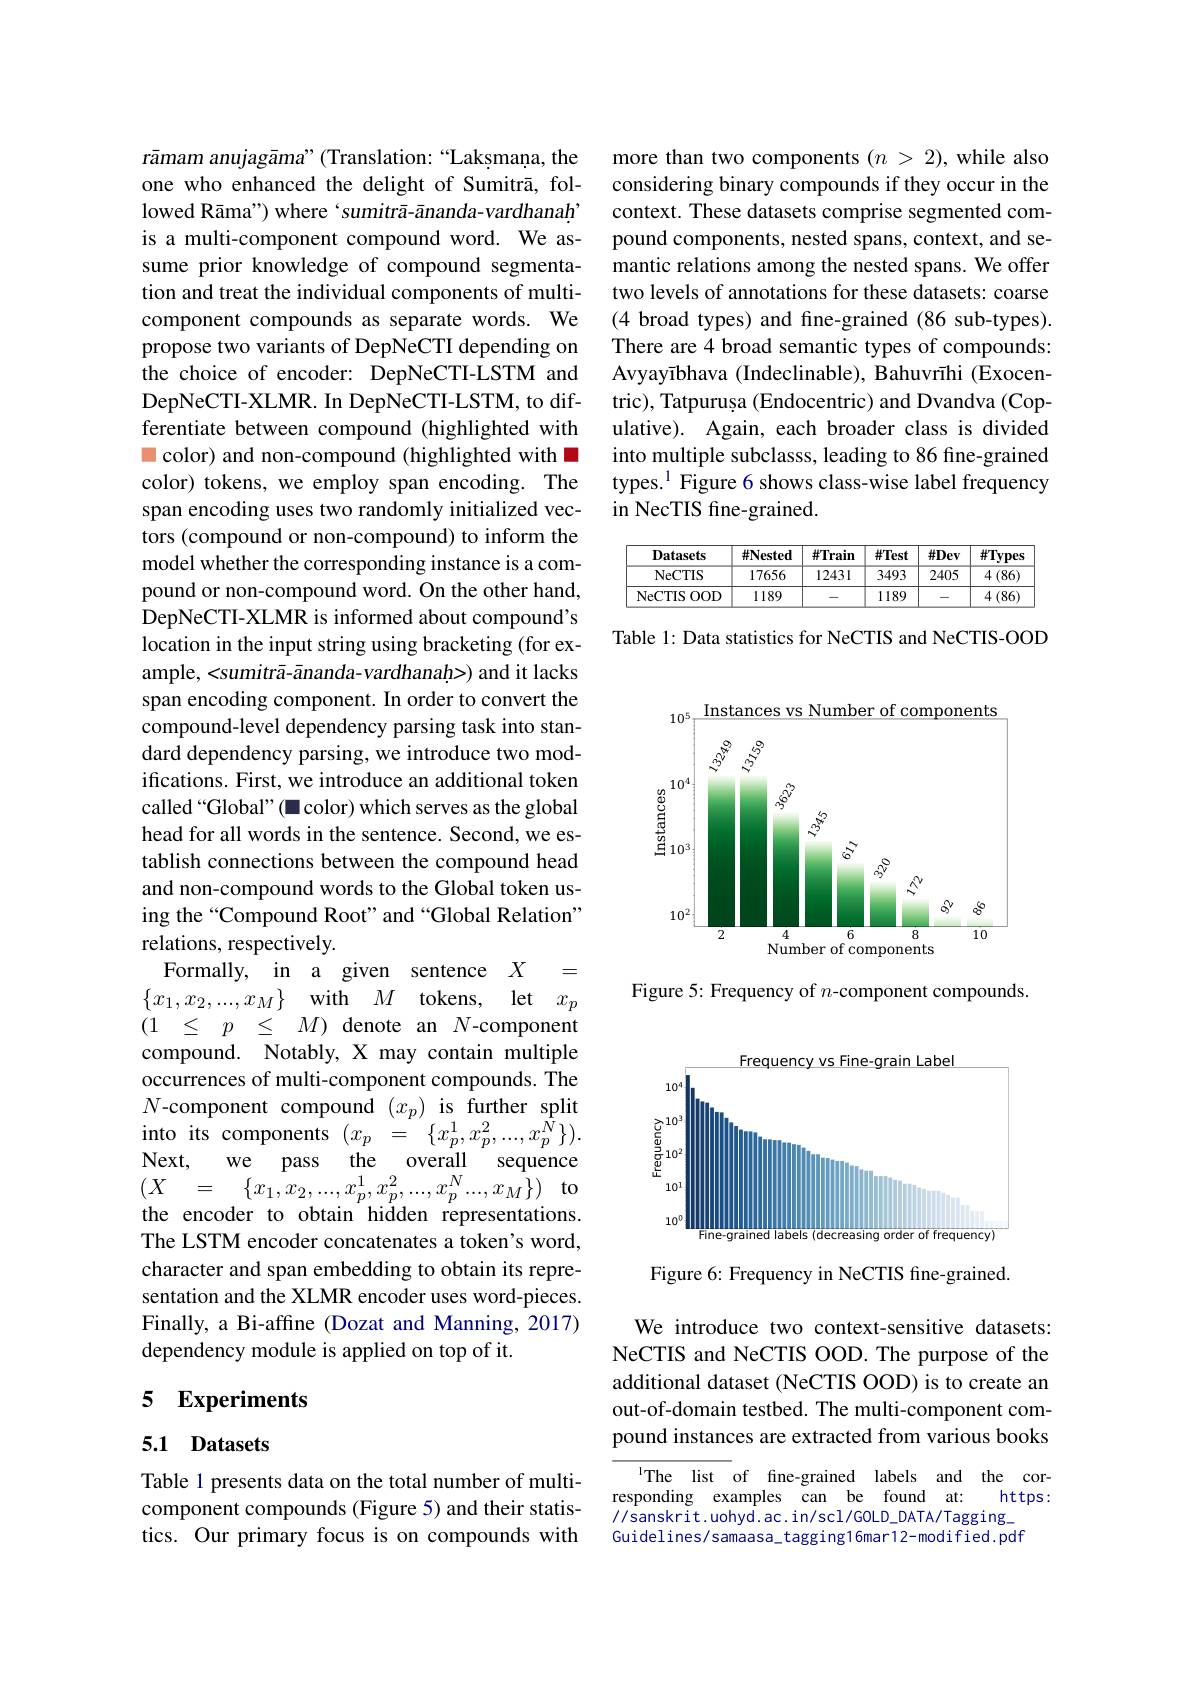
rāmam anujagāma" (Translation: “Laksmaṇa, the one who enhanced the delight of Sumitrā, followed Rāma") where‘sumitrā-ānanda-vardhanaḥ’ is a multi-component compound word. We assume prior knowledge of compound segmentation and treat the individual components of multicomponent compounds as separate words. We propose two variants of DepNeCTI depending on the choice of encoder: DepNeCTI-LSTM and DepNeCTI-XLMR. In DepNeCTI-LSTM, to differentiate between compound (highlighted with m color) and non-compound (highlighted with W color) tokens, we employ span encoding. The span encoding uses two randomly initialized vectors (compound or non-compound) to inform the model whether the corresponding instance is a compound or non-compound word. On the other hand, DepNeCTI-XLMR is informed about compound's location in the input string using bracketing (for example, <sumitrā-ānanda-vardhanaḥ>) and it lacks span encoding component. In order to convert the compound-level dependency parsing task into standard dependency parsing, we introduce two modifications. First, we introduce an additional token called“Global”(◼color) which serves as the global head for all words in the sentence. Second, we establish connections between the compound head and non-compound words to the Global token using the“Compound Root”and“Global Relation” relations, respectively.
Formally, in a given sentence $X$ = $\{ x_1, x_2, . . . , x_M\}$ with $M$ tokens, let $x_p$ $\begin{array}{cccccccc}(1&\leq&p&\leq&M)&\text{denote an}&N\text{-component}\end{array}$ compound. Notably, X may contain multiple occurrences of multi-component compounds. The $N$-component compound $(x_p)$ is further split Next,
we pass the overall sequence
$\begin{array}{rcl}{(X\:=\:\{x_{1},x_{2},...,x_{p}^{1},x_{p}^{2},...,x_{p}^{N}...,x_{M}\})\:\mathrm{to}}\\{\mathbf{tho}\:\mathrm{onodor~to~obtoin~biddon~ronontotion}}\end{array}$ the encoder to obtain hidden representations. The LSTM encoder concatenates a token's word, character and span embedding to obtain its representation and the XLMR encoder uses word-pieces. Finally, a Bi-affine (Dozat and Manning, 2017) dependency module is applied on top of it.

## 5 Experiments

## 5.1 Datasets

Table 1 presents data on the total number of multicomponent compounds (Figure 5) and their statistics. Our primary focus is on compounds with

more than two components $(n>2)$, while also considering binary compounds if they occur in the context. These datasets comprise segmented compound components, nested spans, context, and semantic relations among the nested spans. We offer two levels of annotations for these datasets: coarse (4 broad types) and fine-grained (86 sub-types). There are 4 broad semantic types of compounds: Avyayībhava (Indeclinable), Bahuvrīhi (Exocentric), Tatpurușa (Endocentric) and Dvandva (Copulative). Again, each broader class is divided into multiple subclasss, leading to 86 fine-grained types.$^{1}$ Figure 6 shows class-wise label frequency in NecTIS fine-grained.

<table>
	<tbody>
		<tr>
			<th>Datasets</th>
			<th>$\#\mathbf{Nested}$</th>
			<th>$\#Train$</th>
			<th>$\#Test$</th>
			<th>$\#Dev$</th>
			<th>$\#Types$</th>
		</tr>
		<tr>
			<td>NeCTIS</td>
			<td>17656</td>
			<td>12431</td>
			<td>3493</td>
			<td>2405</td>
			<td>$4\left(86\right)$</td>
		</tr>
		<tr>
			<td>NeCTIS ${\mathrm{s}}$OOD A 1 1</td>
			<td>1189</td>
			<td> </td>
			<td>1189</td>
			<td> </td>
			<td>$4\left(86\right)$</td>
		</tr>
	</tbody>
</table>

Table l: Data statistics for NeCTIS and NeCTIS-OOD

<FigureHere>

Figure 5: Frequency of $n$-component compounds.

<FigureHere>

Figure 6: Frequency in NeCTIS fine-grained.

We introduce two context-sensitive datasets: NeCTIS and NeCTIS OOD. The purpose of the additional dataset (NeCTIS OOD) is to create an out-of-domain testbed. The multi-component compound instances are extracted from various books

The list of fine-grained labels and the corresponding examples can be found at: https: //sanskrit.uohyd.ac.in/scl/GOLD_DATA/Tagging_ Guidelines/samaasa\_tagging16mar12-modified.pdf